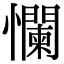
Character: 㦨